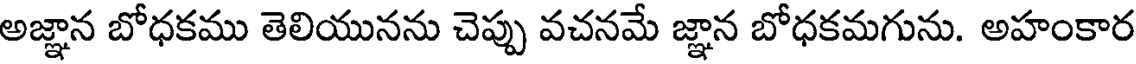
అజ్ఞాన బోధకము తెలియునను చెప్పు వచనమే జ్ఞాన బోధకమగును. అహంకార